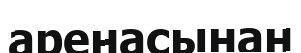
аренасынан